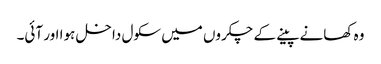
وہ کھانے پینے کے چکروں میں سکول داخل ہوا اور آئی۔